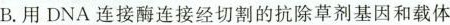
B.用DNA连接酶连接经切割的抗除草剂基因和载体